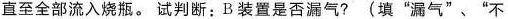
直至全部流入烧瓶。试判断：B装置是否漏气?(填“漏气”、"不